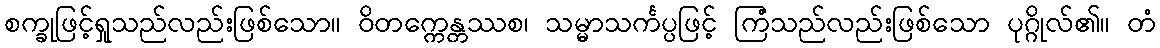
စက္ခုဖြင့်ရှုသည်လည်းဖြစ်သော။ ဝိတက္ကေန္တဿစ၊ သမ္မာသင်္ကပ္ပဖြင့် ကြံသည်လည်းဖြစ်သော ပုဂ္ဂိုလ်၏။ တံ